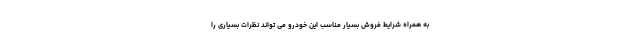
به همراه شرایط فروش بسیار مناسب این خودرو می تواند نظرات بسیاری را